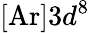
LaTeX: [\mathrm{Ar}]3d^{8}